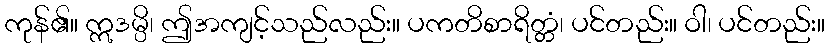
ကုန်၏။ ဣဒမ္ပိ၊ ဤအကျင့်သည်လည်း။ ပကတိစာရိတ္တံ၊ ပင်တည်း။ ဝါ၊ ပင်တည်း။